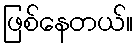
ဖြစ်နေတယ်။